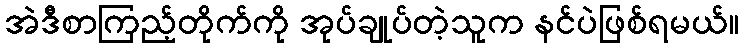
အဲဒီစာကြည့်တိုက်ကို အုပ်ချုပ်တဲ့သူက နင်ပဲဖြစ်ရမယ်။